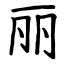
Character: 丽